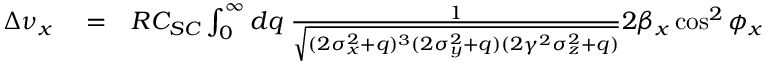
\begin{array} { r l r } { \Delta \nu _ { x } } & { { } = } & { R C _ { S C } \int _ { 0 } ^ { \infty } d q \; \frac { 1 } { \sqrt { ( 2 \sigma _ { x } ^ { 2 } + q ) ^ { 3 } ( 2 \sigma _ { y } ^ { 2 } + q ) ( 2 \gamma ^ { 2 } \sigma _ { z } ^ { 2 } + q ) } } 2 \beta _ { x } \cos ^ { 2 } \phi _ { x } } \end{array}